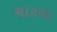
ચાટવા